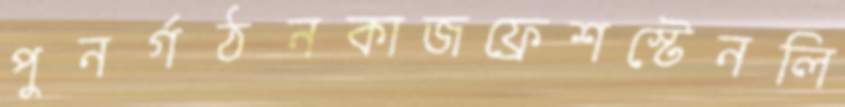
পুনর্গঠনকাজফ্রেশস্টেনলি